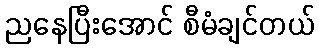
ညနေပြီးအောင် စီမံချင်တယ်